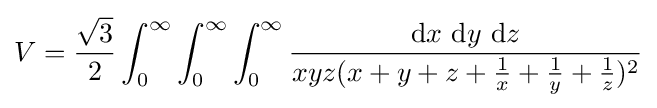
V={\frac {\sqrt {3}}{2}}\int _{0}^{\infty }\int _{0}^{\infty }\int _{0}^{\infty }{\frac {\mathrm {d} x\ \mathrm {d} y\ \mathrm {d} z}{xyz(x+y+z+{\tfrac {1}{x}}+{\tfrac {1}{y}}+{\tfrac {1}{z}})^{2}}}